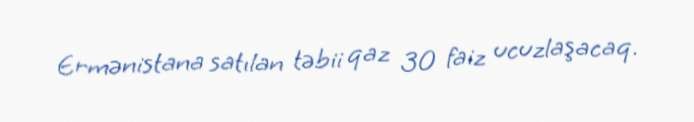
Ermənistana satılan təbii qaz 30 faiz ucuzlaşacaq.